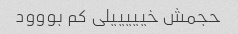
حجمش خیییییلی کم بووود